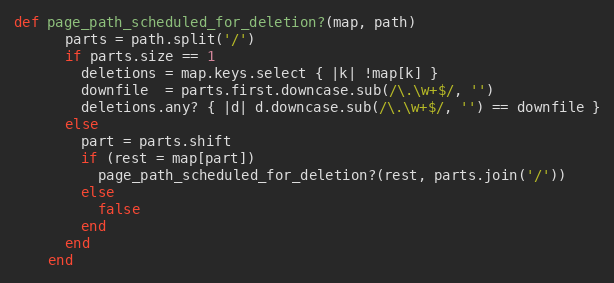
Language: Ruby
def page_path_scheduled_for_deletion?(map, path)
      parts = path.split('/')
      if parts.size == 1
        deletions = map.keys.select { |k| !map[k] }
        downfile  = parts.first.downcase.sub(/\.\w+$/, '')
        deletions.any? { |d| d.downcase.sub(/\.\w+$/, '') == downfile }
      else
        part = parts.shift
        if (rest = map[part])
          page_path_scheduled_for_deletion?(rest, parts.join('/'))
        else
          false
        end
      end
    end